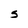
Character: S